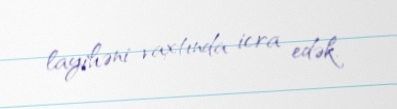
layihəni vaxtında icra edək.